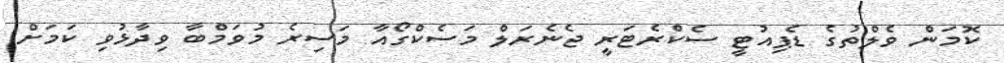
ކޮމަން ވެލްތުގެ ޑެޕިއުޓީ ސެކްރެޓަރީ ޖެނެރަލް މަސެކްގޯއާ މަސިރެ މުވަމްބާ ވިދާޅުވި ކަމަށް